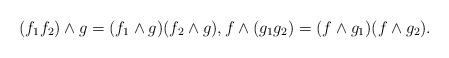
LaTeX: \begin{gather*} (f_1 f_2) \wedge g = (f_1 \wedge g)(f_2 \wedge g), f \wedge (g_1 g_2) = (f \wedge g_1)(f \wedge g_2). \end{gather*}